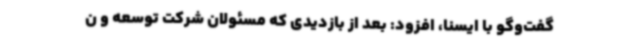
گفت‌وگو با ایسنا، افزود: بعد از بازدیدی که مسئولان شرکت توسعه و ن